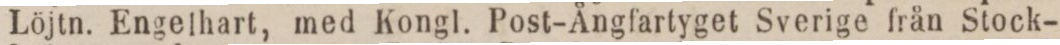
Löjtn. Engelhart, med Kongl. Post-Ångfartyget Sverige från Stock-